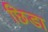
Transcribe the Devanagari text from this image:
छिडा